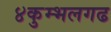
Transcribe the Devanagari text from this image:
४कुम्भलगढ